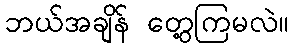
ဘယ်အချိန် တွေ့ကြမလဲ။